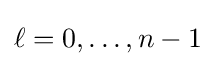
\ell =0,\ldots ,n-1